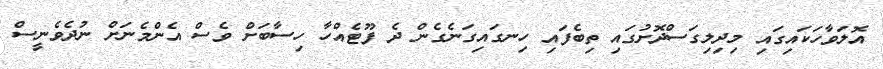
އޮލަވާހަކައިގައި މިދިލިގަސްދޮށުގައި ތިބެފައި ހިނގައިގަނެގެން ދެ ފޫޓެއްހާ ހިސާބަށް ވެސް އެންމެނަށް ނުދެވެނީސް